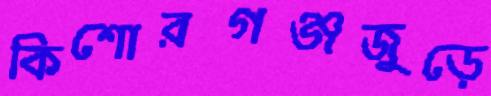
কিশোরগঞ্জজুড়ে